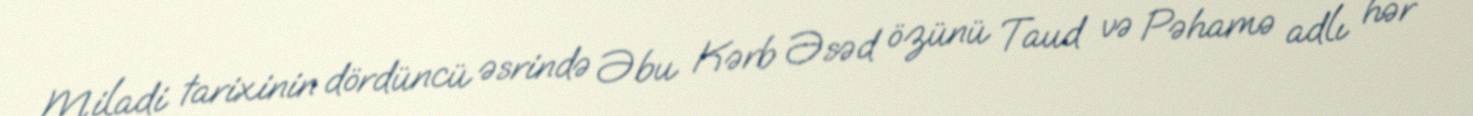
Miladi tarixinin dördüncü əsrində Əbu Kərb Əsəd özünü Taud və Pəhamə adlı hər